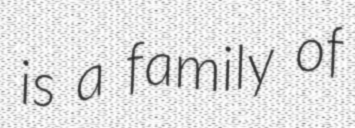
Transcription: is a family of